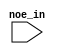
module jtagflash (
	noe_in);

	input	  noe_in;

endmodule